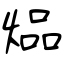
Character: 煰